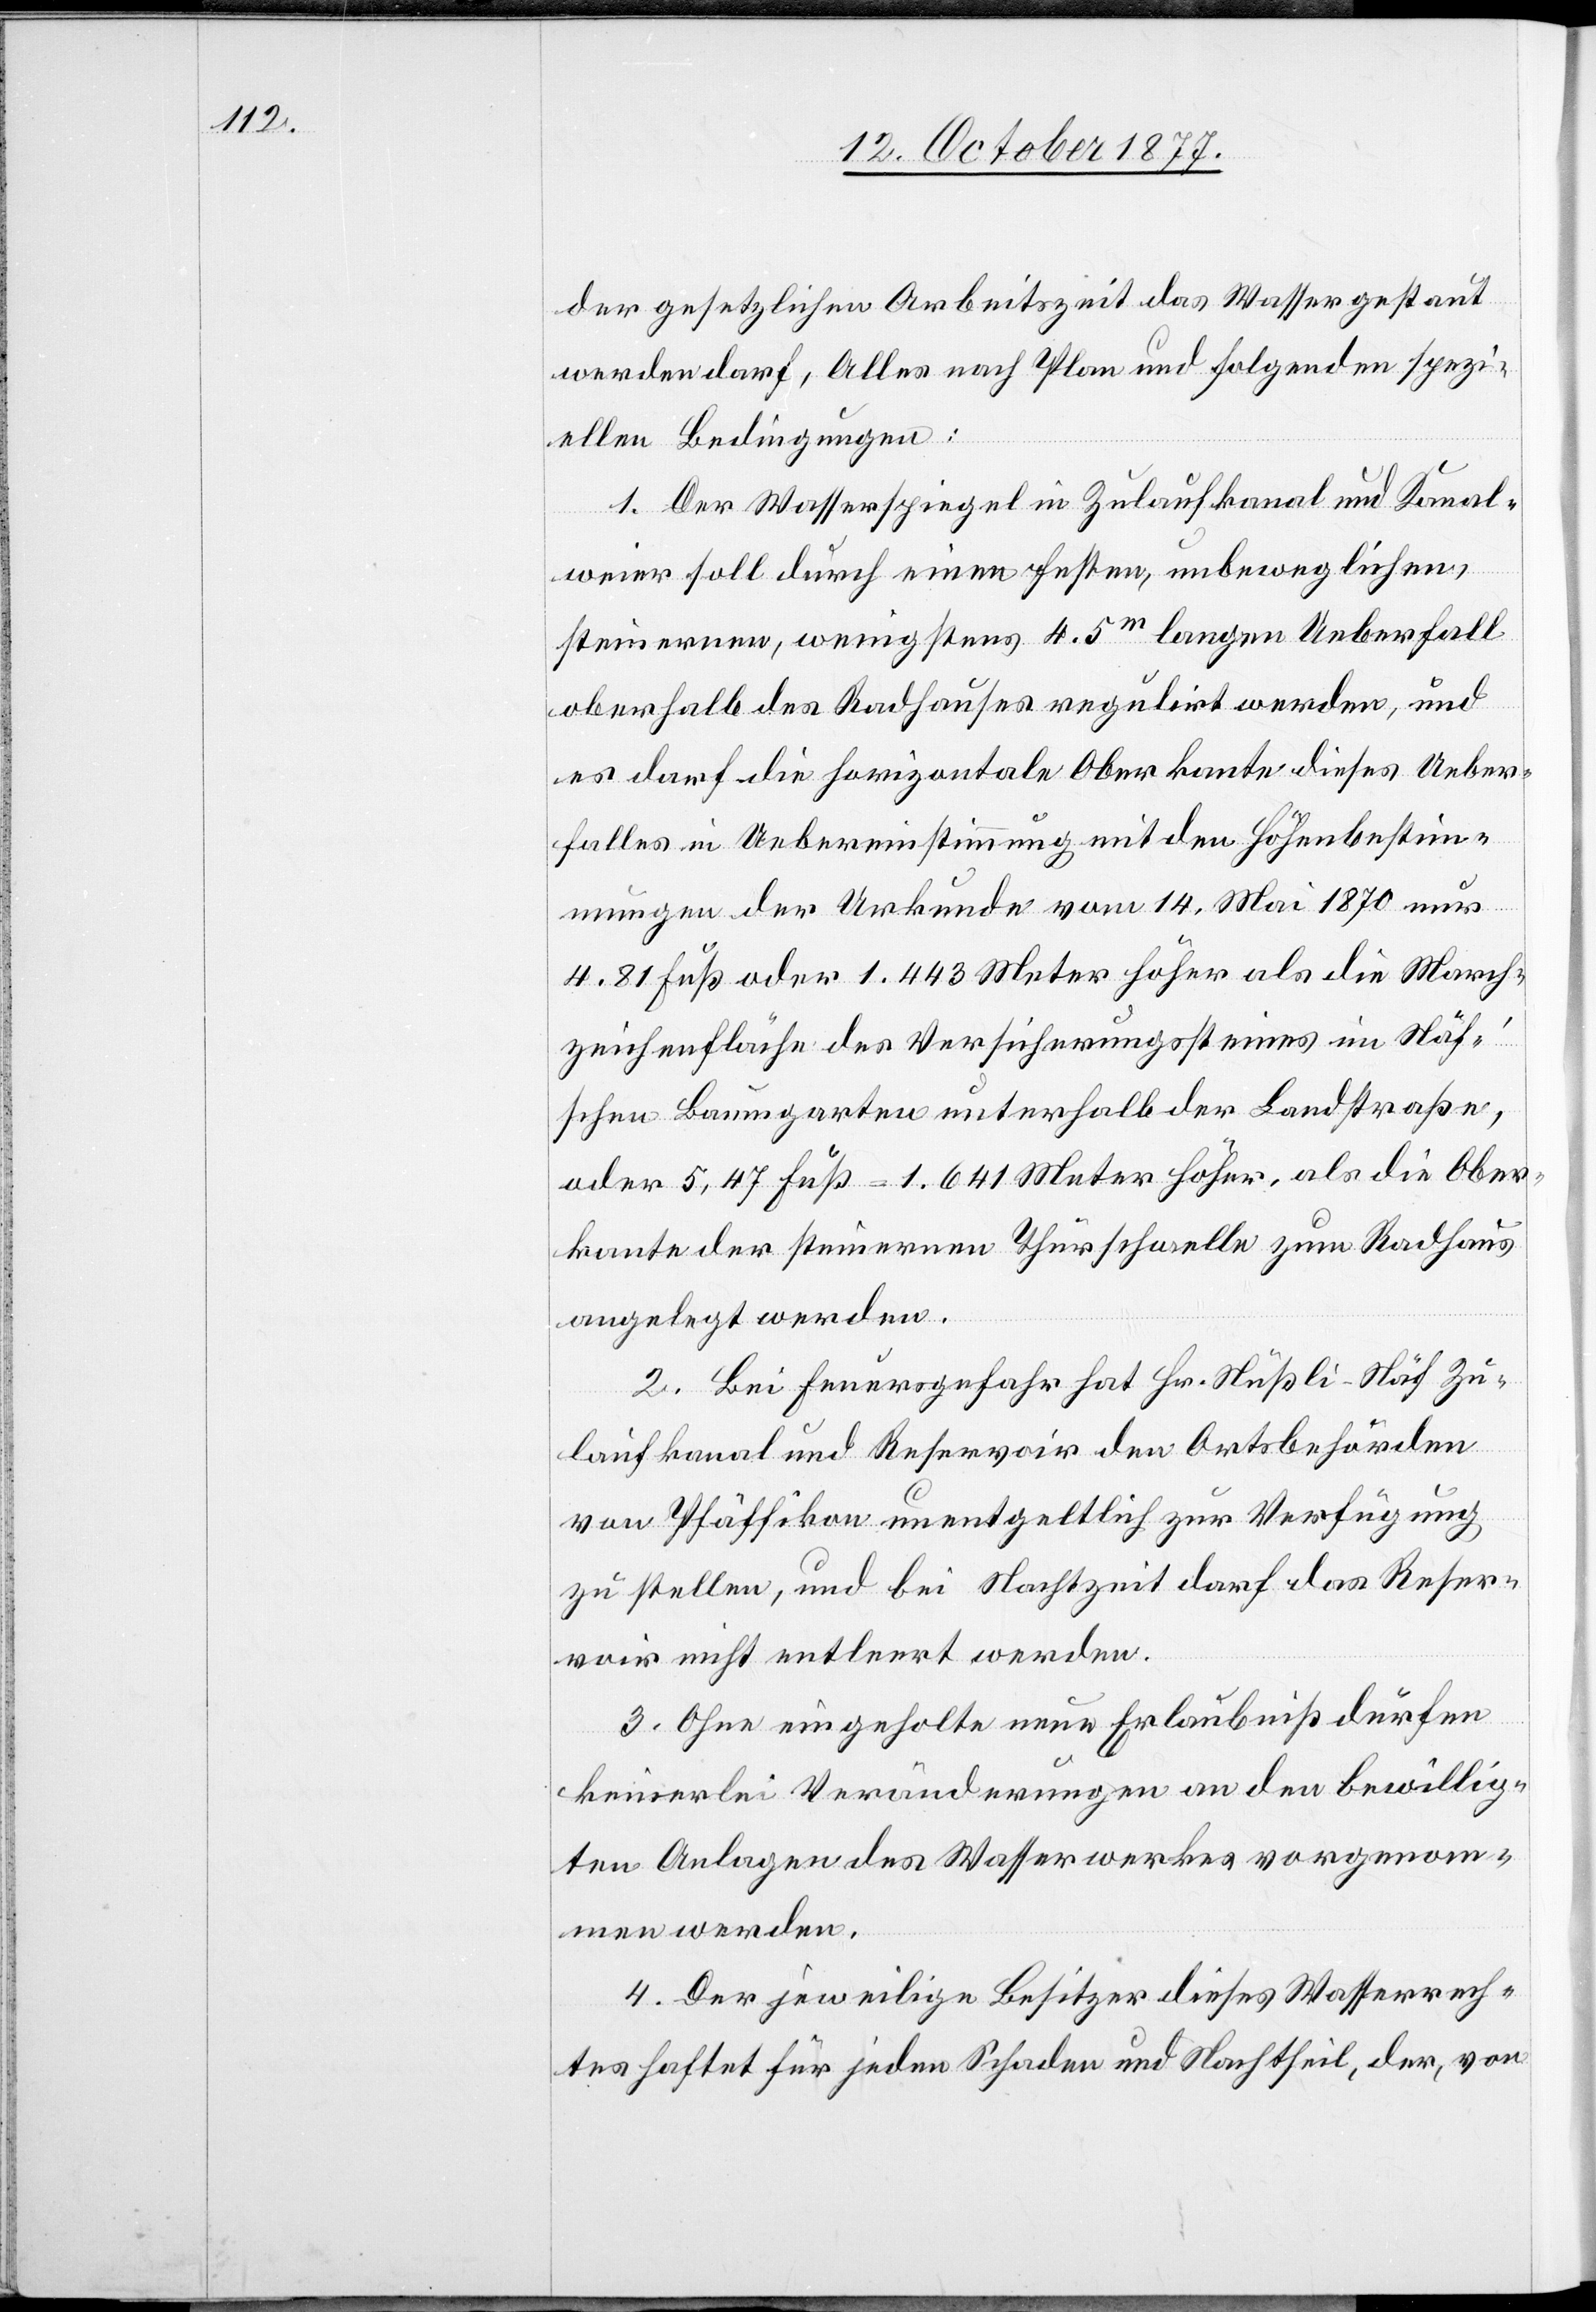
der gesetzlichen Arbeitszeit das Wasser gestaut
werden darf, Alles nach Plan und folgenden spezi¬
ellen Bedingungen:
1. Der Wasserspiegel in Zulaufkanal und Kanal¬
weier soll durch einen festen, unbeweglichen,
steinernen, wenigstens 4.5m langen Ueberfall
oberhalb des Radhauses regulirt werden, und
es darf die horizontale Oberkante dieses Ueber¬
falles in Uebereinstimmung mit den Höhenbestim¬
mungen der Urkunde vom 14. Mai 1870 nur
4.81 Fuß oder 1.443 Meter höher als die March¬
zeichenfläche des Versicherungssteines im Näf’s¬
chen Baumgarten unterhalb der Landstraße,
oder 5,47 Fuß = 1.641 Meter höher, als die Ober¬
kante der steinernen Thürschwelle zum Radhaus
angelegt werden.
2. Bei Feuersgefahr hat Hr. Nüßli-Näf Zu¬
laufkanal und Reservoir den Ortsbehörden
von Pfäffikon unentgeltlich zur Verfügung
zu stellen, und bei Nachtzeit darf das Reser¬
voir nicht entleert werden.
3. Ohne eingeholte neue Erlaubniß dürfen
keinerlei Veränderungen an den bewillig¬
ten Anlagen des Wasserwerkes vorgenom¬
men werden.
4. Der jeweilige Besitzer dieses Wasserrech¬
tes haftet für jeden Schaden und Nachtheil, der, von